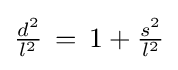
{\textstyle {\tfrac {d^{2}}{l^{2}}}\,=\,1+{\tfrac {s^{2}}{l^{2}}}}